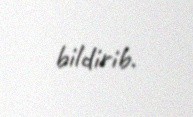
bildirib.